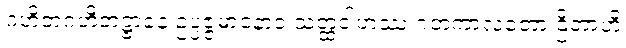
ဂဟိတဂဟိတဋ္ဌာနေ ဥပ္ပဇ္ဇမာနောဝ သတ္ထဝါဟဿ ဂတကာလတော ဌိတာဟိ